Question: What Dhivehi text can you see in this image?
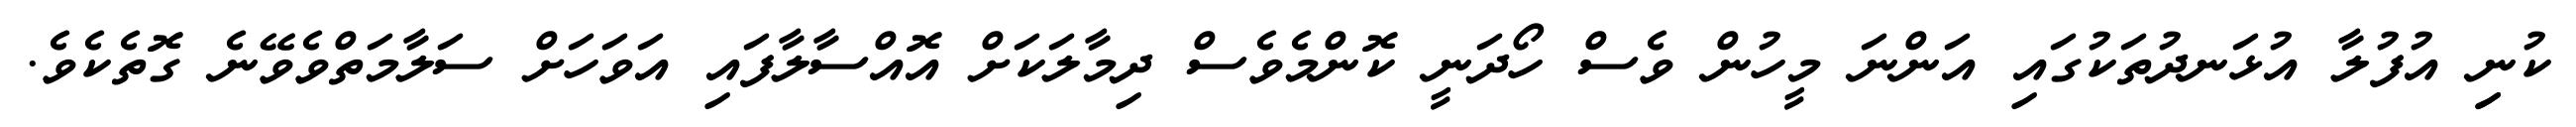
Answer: ކުނިި އުފުލާ އުޅަނދުތަކުގައި އަންނަ މީހުން ވެސް ހޯދަނީ ކޮންމެވެސް ދިމާލަކަށް އޮއްސާލާފައި އަވަހަށް ސަލާމަތްވެވޭނެ ގޮތެކެވެ.